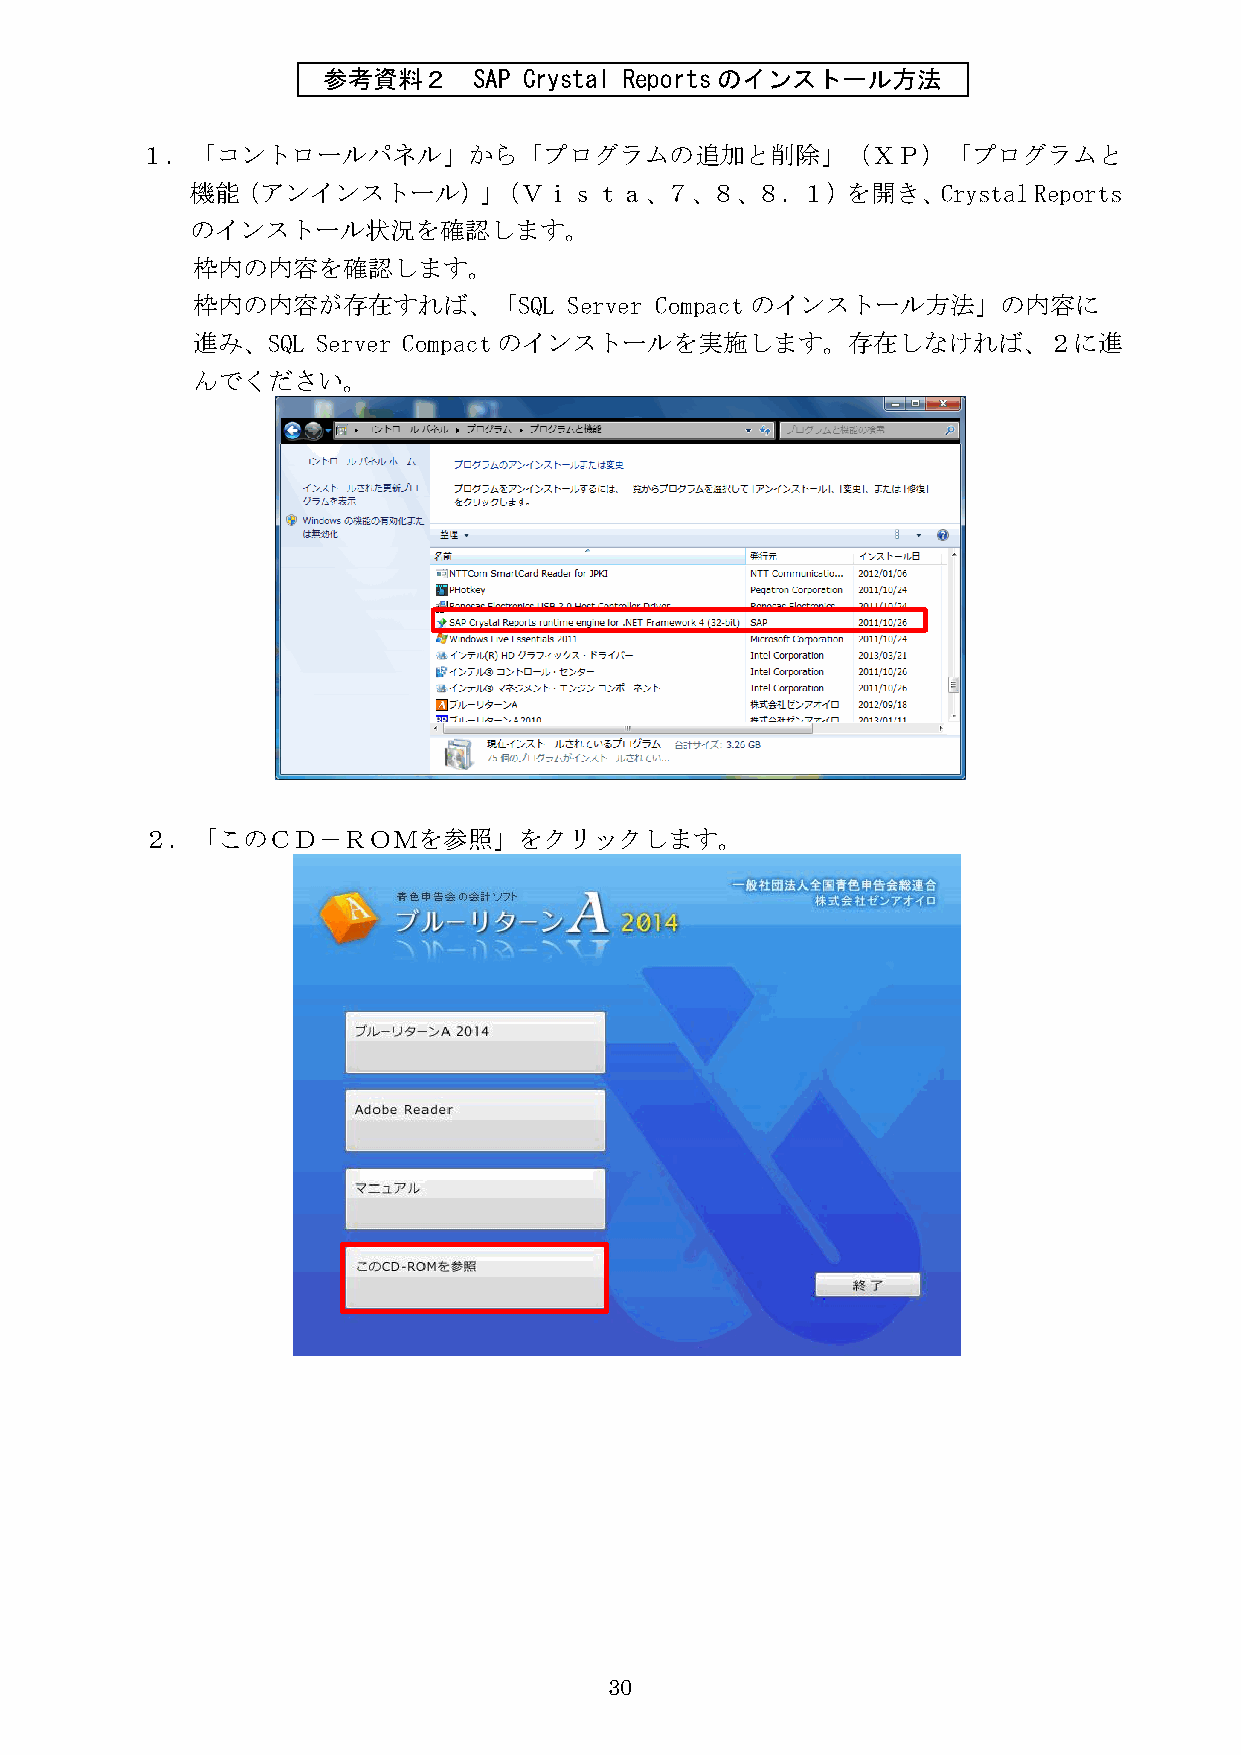
参考資料２     SAP Crystal Reports のインストール方法
 １．「コントロールパネル」から「プログラムの追加と削除」（ＸＰ）「プログラムと
 機能（アンインストール）」（Ｖｉｓｔａ、７、８、８．１）を開き、Crystal                 Reports
 のインストール状況を確認します。
 枠内の内容を確認します。
 枠内の内容が存在すれば、「SQL         Server Compact のインストール方法」の内容に
 進み、SQL  Server Compact のインストールを実施します。存在しなければ、２に進
 んでください。
 ２．「このＣＤ－ＲＯＭを参照」をクリックします。
 30